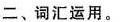
二、词汇运用.